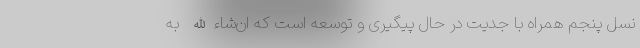
نسل پنجم همراه با جدیت در حال پیگیری و توسعه است که ان‌شاءالله به